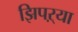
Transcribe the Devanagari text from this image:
झिपऱ्या